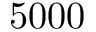
5 0 0 0